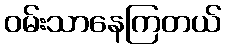
ဝမ်းသာနေကြတယ်